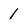
Character: 1